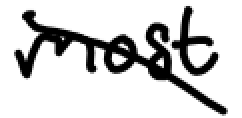
Text: most
Cross-out: diagonal
Writing tool: digital_black